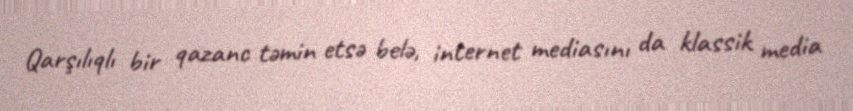
Qarşılıqlı bir qazanc təmin etsə belə, internet mediasını da klassik media